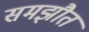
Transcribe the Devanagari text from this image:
समझौत